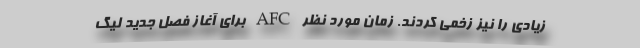
زیادی را نیز زخمی کردند. زمان مورد نظر AFC برای آغاز فصل جدید لیگ